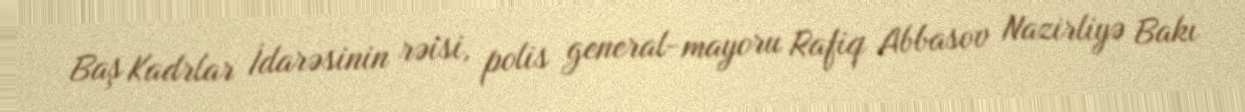
Baş Kadrlar İdarəsinin rəisi, polis general-mayoru Rafiq Abbasov Nazirliyə Bakı